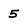
Character: 5